Annual administration report of the Civil Veterinary Department of India - 1903-1904
Year: 1903
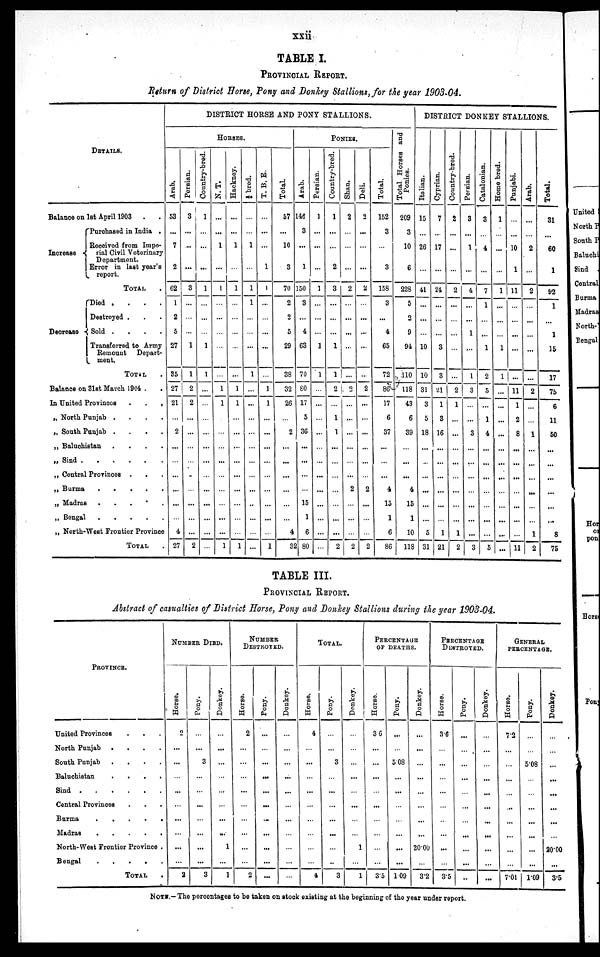
xxii
TABLE I.
PROVINCIAL REPORT.
Return of District Horse, Pony and Donkey Stallions, for the year 1903-04.
DETAILS.
Balance on 1st April 1903 ..
Increase
Purchased in India .
Received from Impe¬
rial Civil Veterinary
Department.
Error in last year's
report.
TOTAL ..
Decrease
Died .
.
. .
Destroyed . . .
Sold .
.
.
.
Transferred to Army
Remount
Depart¬
ment.
TOTAL .
Balance on 31st March 1904 . .
In United Provinces .
.
.
„ North Punjab .
.
.
.
„ South Punjab .
.
.
.
„ Baluchistan .
.
.
.
„ Sind
.
.
.
.
.
.
„ Central Provinces . . . .
„ Burma
.
.
.
„ Madras . . . .
„ Bengal . . . . . .
„ North-West Frontier Province
TOTAL .
DISTRICT HORSE AND PONY STALLIONS.
HORSES.
Arab.
53
...
7
2
62
1
2
5
27
35
27
21
...
2
...
...
...
...
...
...
4
27
Persian.
3
...
...
...
3
...
...
...
1
1
2
2
...
...
...
...
...
...
...
...
...
2
Country-bred.
1
...
...
...
1
...
...
...
1
1
...
...
...
...
...
...
...
...
...
...
...
...
N. T.
...
...
1
...
1
...
...
...
...
...
1
1
...
...
...
...
...
...
...
...
...
1
Hackney.
...
...
1
...
1
...
...
...
...
...
1
1
...
...
...
...
...
...
...
...
...
1
†bred.
...
...
1
...
1
1
...
...
...
1
...
...
...
...
...
...
...
...
..
...
...
...
T. B. E.
...
...
...
i
1
...
...
...
...
...
1
1
...
...
...
...
...
...
...
...
...
1
Total.
57
...
10
3
70
2
2
5
29
38
32
26
...
2
...
...
...
...
...
...
4
32
PONIES.
Arab.
146
3
...
1
150
3
...
4
63
70
80
17
5
36
...
...
...
...
15
1
6
80
Persian.
1
...
...
...
1
...
...
...
1
1
...
...
...
...
...
...
...
...
...
...
...
...
Country-bred.
1
...
...
2
3
...
...
...
1
1
2
...
1
1
...
...
...
...
...
...
...
2
Shan.
2
...
...
...
2
...
...
...
...
...
2
...
...
...
...
...
...
2
...
...
...
2
Deli.
2
...
...
...
2
...
...
...
...
...
2
...
...
...
...
...
...
2
...
...
...
2
Total.
152
3
...
3
158
3
...
4
65
72
86
17
6
37
...
...
...
4
15
1
6
86
Total Horses and
Ponies.
209
3
10
6
228
5
2
9
94
110
118
43
6
39
...
...
...
4
15
1
10
118
DISTRICT DONKEY STALLIONS.
I t al i an.
15
...
26
...
41
...
...
...
10
10
31
3
5
18
...
...
...
...
...
...
5
31
Cypr i
an.
7
...
17
...
24
...
...
...
3
3
21
1
3
16
...
...
...
...
...
...
1
21
Country-bred.
2
...
...
...
2
...
...
...
...
...
2
1
...
...
...
...
...
...
...
...
1
2
Persian.
3
...
1
...
4
...
...
1
1
3
...
...
3
...
...
...
...
...
...
...
3
Cat al oni an.
3
...
4
...
7
1
...
1
2
5
...
1
4
...
...
...
...
...
...
...
5
Ho me bred.
1
...
...
...
1
...
...
1
1
...
...
...
...
...
...
...
...
...
...
...
...
Punjabi.
...
...
10
1
11
...
...
...
11
1
2
8
...
...
...
...
...
...
...
11
Ar ab.
...
...
2
...
2
...
...
2
...
...
1
...
...
...
...
...
...
1
2
Tot al .
31
...
60
1
92
1
...
1
15
17
75
6
11
50
...
...
...
...
...
...
8
75
TABLE III.
PROVINCIAL REPORT.
Abstract of casualties of District Horse, Pony and Donkey Stallions during the year 1903-04.
PROVINCE.
United Provinces . . .
North Punjab .
.
.
.
South Punjab
.
.
.
.
Baluchistan
.
.
.
.
Sind
.
.
.
.
.
.
Central Provinces . . .
Burma
.
.
.
.
.
Madras
.
.
.
.
.
North-West Frontier Province .
Bengal
.
.
.
.
.
TOTAL .
NUMBER DIED.
Horse.
2
...
...
...
...
...
...
...
...
...
2
Pony.
...
...
3
...
...
...
...
...
...
...
3
Donkey.
...
...
...
...
...
...
...
...
1
...
1
NUMBER
DESTROYED.
Horse.
2
...
...
...
...
...
...
...
...
...
2
Pony.
...
...
...
...
...
...
...
...
...
...
...
Donkey.
...
...
...
...
...
...
...
...
...
...
...
TOTAL.
Horse.
4
...
...
...
...
...
...
...
...
...
4
Pony.
...
...
3
...
...
...
...
...
...
..
3
Donkey.
...
...
...
...
...
...
...
...
1
...
1
PERCENTAGE
OF DEATHS.
Horse.
3.6
...
...
...
...
...
...
...
...
...
3.5
Pony.
...
...
5.08
...
...
...
...
...
...
...
1.09
Donkey.
...
...
...
...
...
...
...
...
20.00
...
3.2
PERCENTAGE
DESTROYED.
Horse.
3.6
...
...
...
...
...
...
...
...
...
3.5
Pony.
...
...
...
...
...
...
...
...
...
...
...
Donkey.
...
...
...
...
...
...
...
...
...
...
...
GENERAL
PERCENTAGE.
Horse.
7.2
...
...
...
...
...
...
...
...
...
7.01
Pony.
...
...
5.08
...
...
...
...
...
...
...
1.09
Donkey.
...
...
...
...
...
...
...
...
20.00
...
3.5
NOTE. — The percentages to be taken on stock existing at the beginning of the year under report.